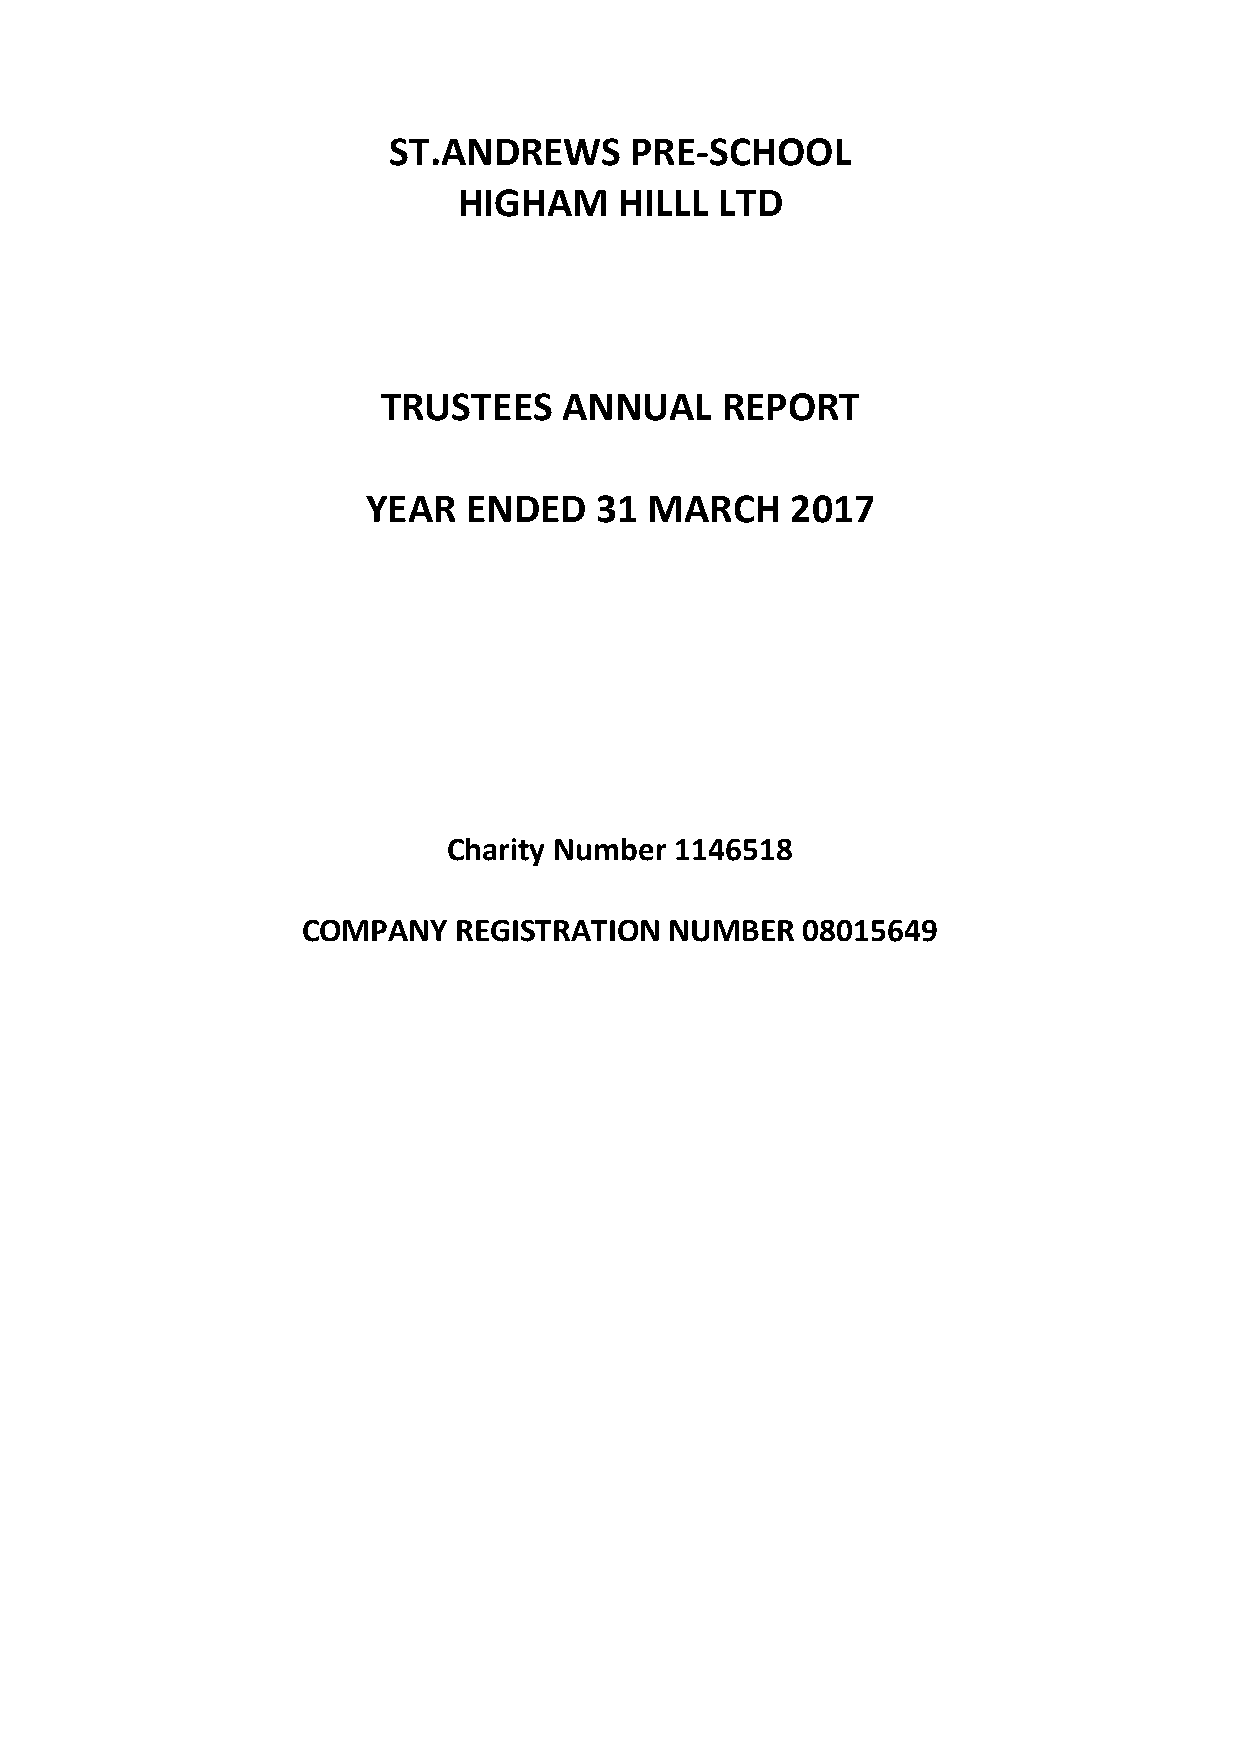
ST.ANDREWS      PRE-SCHOOL
 HIGHAM     HILLL  LTD
 TRUSTEES    ANNUAL     REPORT
 YEAR   ENDED   31  MARCH    2017
 Charity Number 1146518
 COMPANY   REGISTRATION  NUMBER   08015649